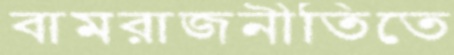
বামরাজনীতিতে